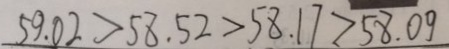
5 9 . 0 2 > 5 8 . 5 2 > 5 8 . 1 7 > 5 8 . 0 9